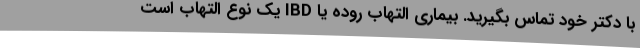
با دکتر خود تماس بگیرید. بیماری التهاب روده یا IBD یک نوع التهاب است